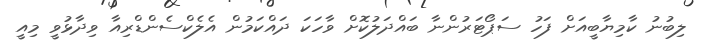
ލިބުނު ކާމިޔާބީއަށް ފަހު ސަޕޯޓަރުންނާ ބައްދަލުކޮށް ވާހަކަ ދައްކަމުން އެލެކްސެންޑްރިއާ ވިދާޅުވީ މިއީ